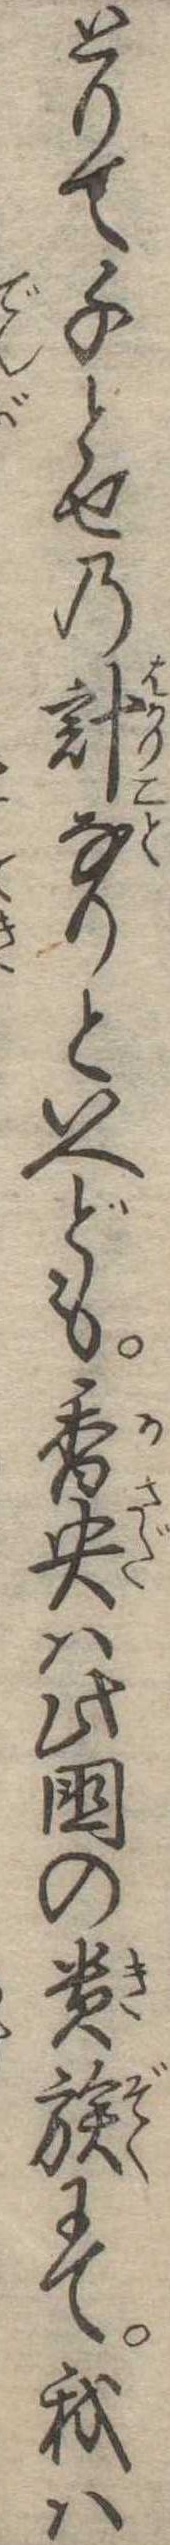
とりて千とせの計なりといへども香央は此国の貴族にて我は